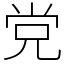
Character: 党